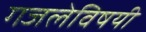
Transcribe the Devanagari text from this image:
गजलेविषयी